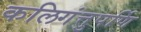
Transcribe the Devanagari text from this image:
कलिगंत्तुपर्णि